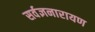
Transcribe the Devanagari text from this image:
सर्वज्ञनारायण